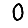
Digit: 0